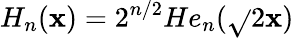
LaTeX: H_{n}(\mathbf{x})=2^{n/2}He_{n}(\sqrt{}{{2}}\mathbf{x})